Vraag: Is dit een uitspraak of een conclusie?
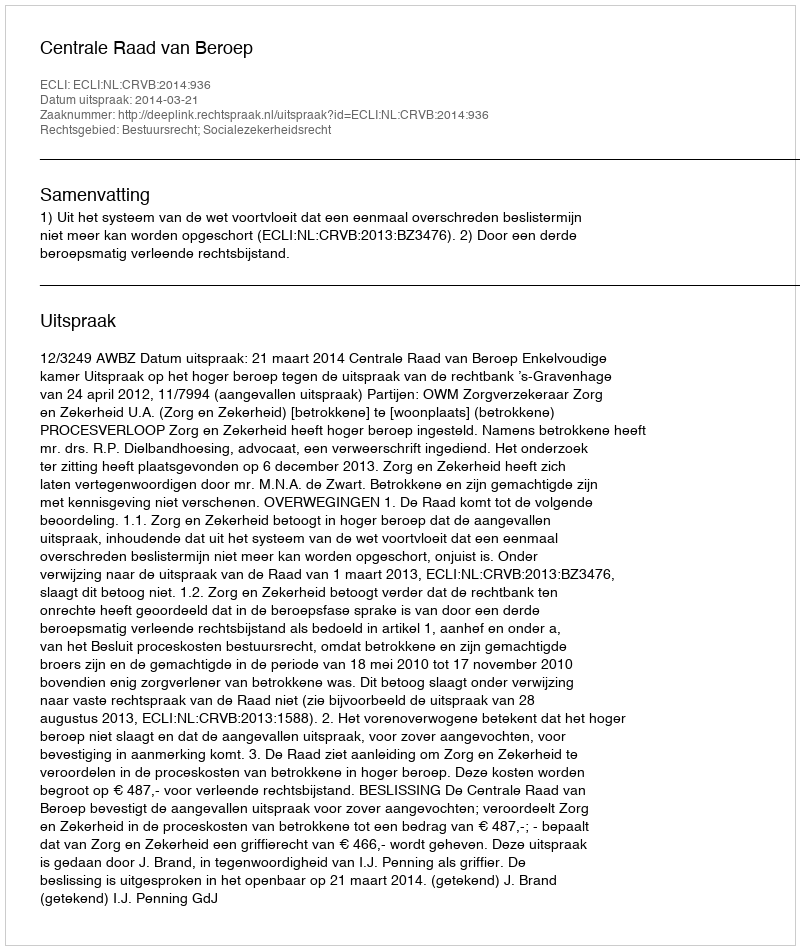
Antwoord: Uitspraak